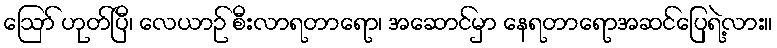
ဪ ဟုတ်ပြီ၊ လေယာဉ် စီးလာရတာရော၊ အဆောင်မှာ နေရတာရောအဆင်ပြေရဲ့လား။